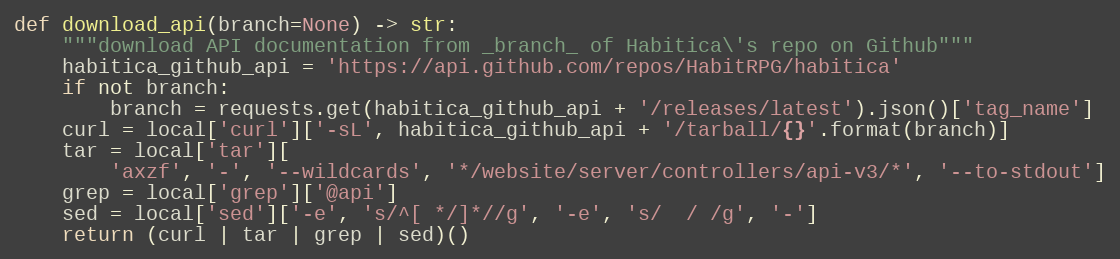
Language: Python
def download_api(branch=None) -> str:
    """download API documentation from _branch_ of Habitica\'s repo on Github"""
    habitica_github_api = 'https://api.github.com/repos/HabitRPG/habitica'
    if not branch:
        branch = requests.get(habitica_github_api + '/releases/latest').json()['tag_name']
    curl = local['curl']['-sL', habitica_github_api + '/tarball/{}'.format(branch)]
    tar = local['tar'][
        'axzf', '-', '--wildcards', '*/website/server/controllers/api-v3/*', '--to-stdout']
    grep = local['grep']['@api']
    sed = local['sed']['-e', 's/^[ */]*//g', '-e', 's/  / /g', '-']
    return (curl | tar | grep | sed)()